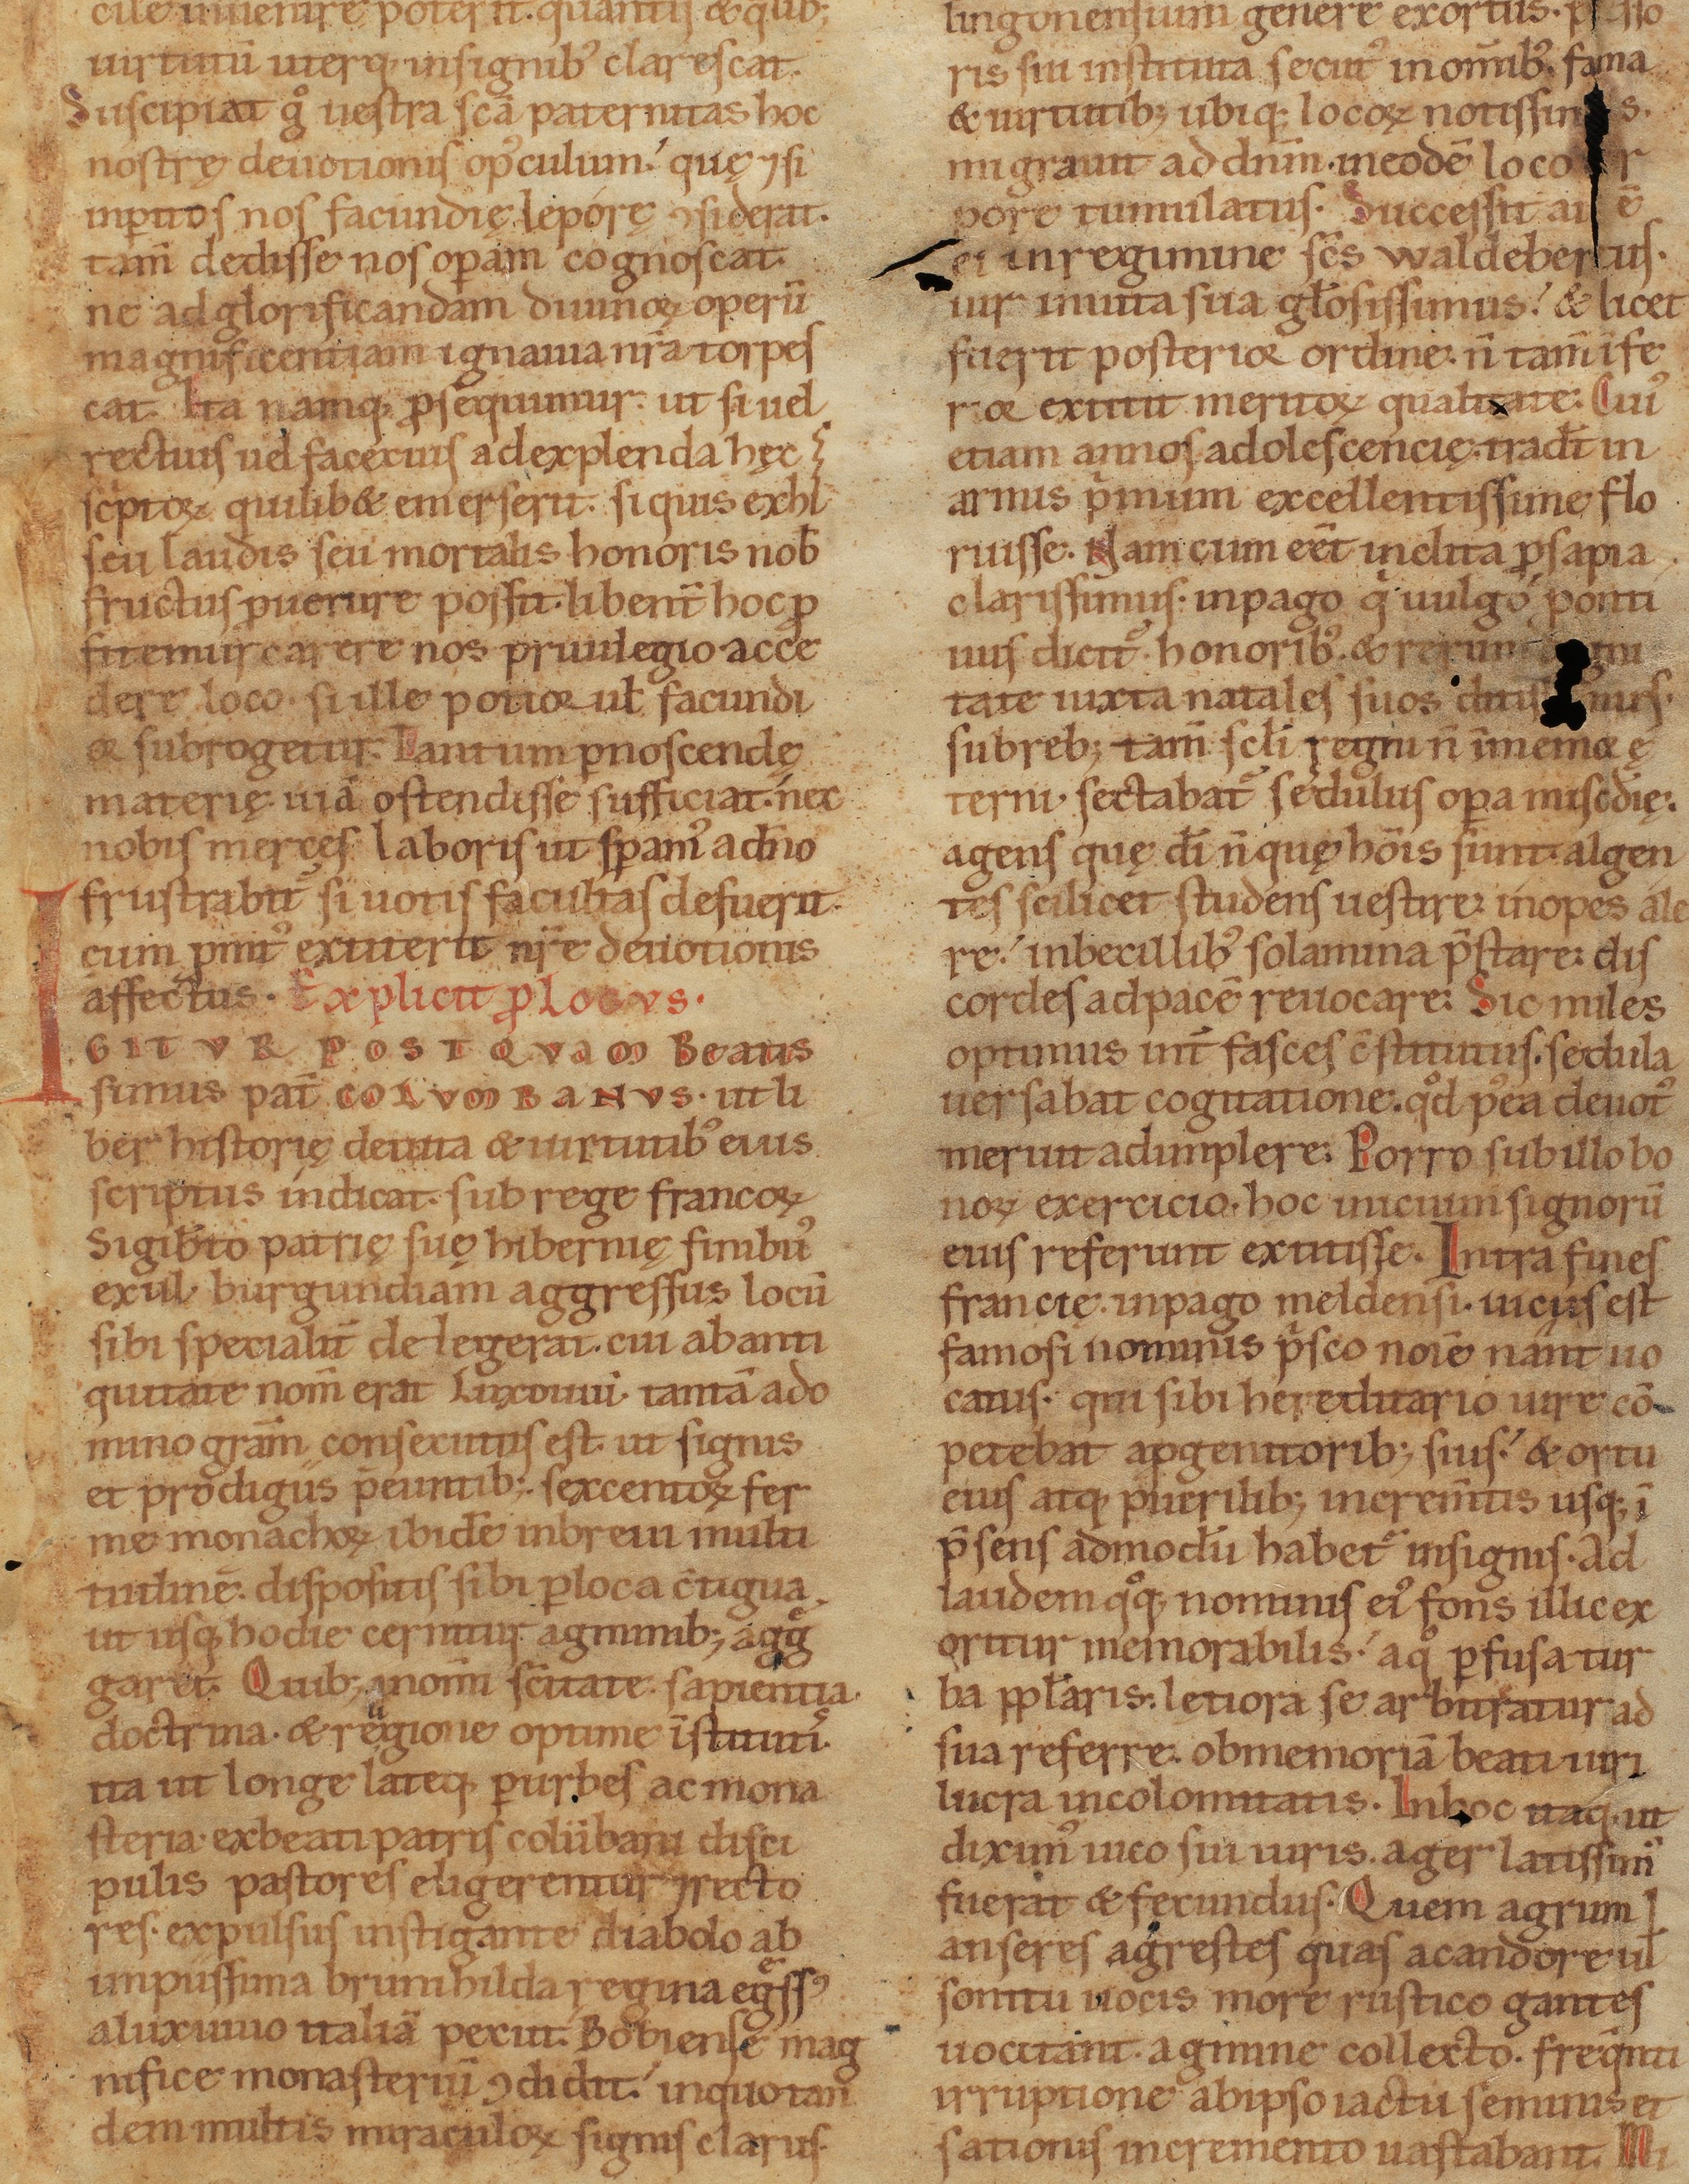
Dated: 1140–1170